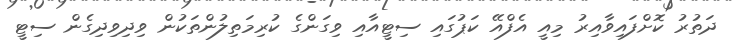
ދަތުރު ކޮށްފައިވާއިރު މިއީ އެފްއޭ ކަޕުގައި ސިޓީއާއި ވިގަންގެ ކުރިމަތިލުންތަކުން ވިދިވިދިގެން ސިޓީ